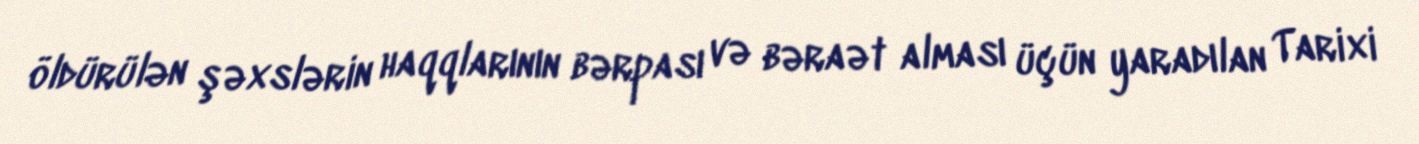
öldürülən şəxslərin haqqlarının bərpası və bəraət alması üçün yaradılan Tarixi